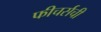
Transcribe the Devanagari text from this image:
फीचर्सची